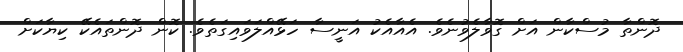
ދޮންތާ މުސްކާން އަށް ގޮވާލެވުނެވެ. އެއާއެކު އަނީސާ ހަޅޭއްލަވައިގަތެވެ. ކޮން ދޮންތައެކޭ ކިޔާކަށް